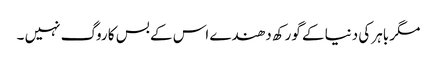
مگر باہر کی دنیا کے گورکھ دھندے اس کے بس کا روگ نہیں ۔